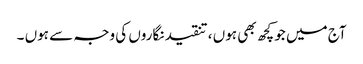
آج میں جو کچھ بھی ہوں ، تنقید نگاروں کی وجہ سے ہوں ۔